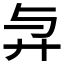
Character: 𢌱